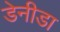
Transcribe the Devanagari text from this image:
डेनीडा